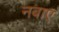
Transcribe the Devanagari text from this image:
नबाए